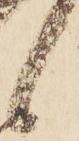
候